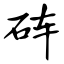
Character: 砗